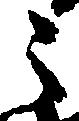
之